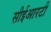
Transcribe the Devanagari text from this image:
सीईआरटी